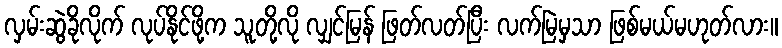
လှမ်းဆွဲခိုလိုက် လုပ်နိုင်ဖို့က သူတို့လို လျှင်မြန် ဖြတ်လတ်ပြီး လက်မြဲမှသာ ဖြစ်မယ်မဟုတ်လား။